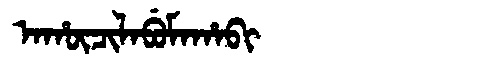
Manchu: ᠠᡥᡡᠴᡳᠯᠠᠪᡠᠮᠠᡥᠠᠪᡳ
Romanization: AHŪCILABUMAHABI